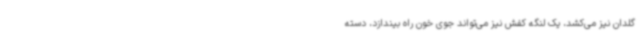
گلدان نیز می‌کشد، یک لنگه کفش نیز می‌تواند جوی خون راه بیندازد، دسته